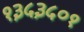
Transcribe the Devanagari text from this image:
१३५३५०१